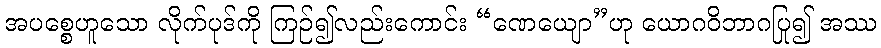
အပစ္စေဟူသော လိုက်ပုဒ်ကို ကြဉ်၍လည်းကောင်း “ဏေယျော”ဟု ယောဂဝိဘာဂပြု၍ အဿ